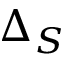
\Delta _ { S }